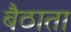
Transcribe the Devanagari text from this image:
बैठाता